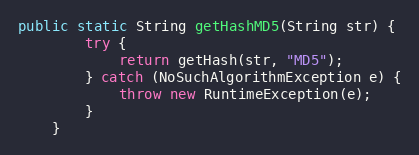
Language: Java
public static String getHashMD5(String str) {
        try {
            return getHash(str, "MD5");
        } catch (NoSuchAlgorithmException e) {
            throw new RuntimeException(e);
        }
    }